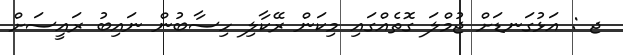
ޖ : އަޅުގަނޑަށް ޖުމްލަ ގޮތެއްގައި މިކަން ރޭކާލި ހިސާބުން ނައިބު ރައީސަށް